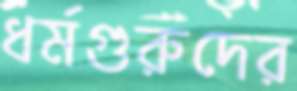
ধর্মগুরুদের